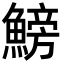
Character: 鰟